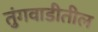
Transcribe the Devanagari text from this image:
तुंगवाडीतील